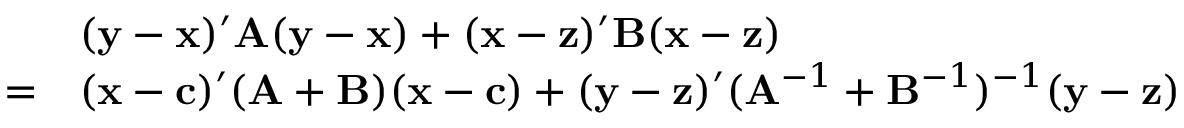
{ \begin{array} { r l } & { ( \mathbf { y } - \mathbf { x } ) ^ { \prime } \mathbf { A } ( \mathbf { y } - \mathbf { x } ) + ( \mathbf { x } - \mathbf { z } ) ^ { \prime } \mathbf { B } ( \mathbf { x } - \mathbf { z } ) } \\ { = } & { ( \mathbf { x } - \mathbf { c } ) ^ { \prime } ( \mathbf { A } + \mathbf { B } ) ( \mathbf { x } - \mathbf { c } ) + ( \mathbf { y } - \mathbf { z } ) ^ { \prime } ( \mathbf { A } ^ { - 1 } + \mathbf { B } ^ { - 1 } ) ^ { - 1 } ( \mathbf { y } - \mathbf { z } ) } \end{array} }